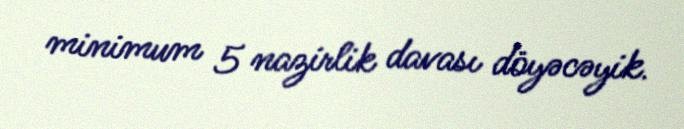
minimum 5 nazirlik davası döyəcəyik.